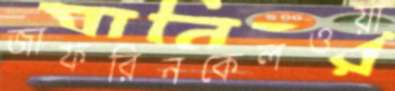
জাফরিনকেলওয়া